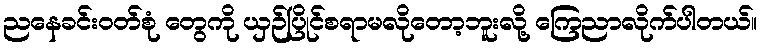
ညနေခင်းဝတ်စုံ တွေကို ယှဉ်ပြိုင်စရာမလိုတော့ဘူးလို့ ကြေညာလိုက်ပါတယ်။